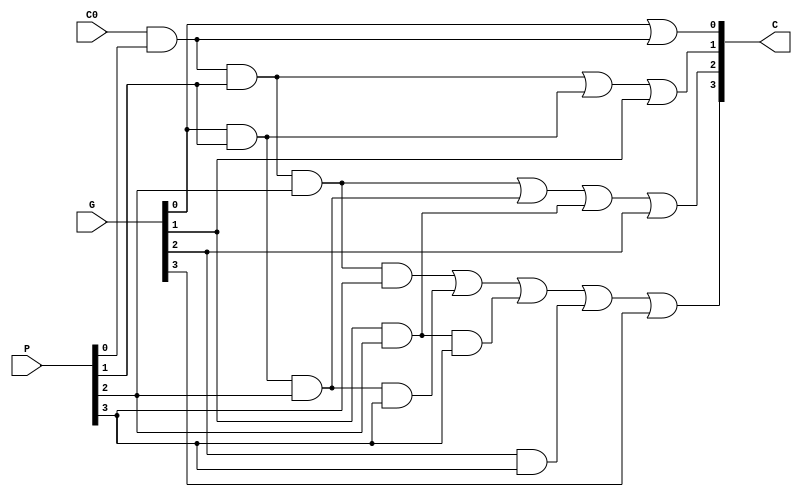
module Lab2_CLG_gate(C, P, G, C0);

    output [4:1] C;
    input [3:0] P, G;
    input C0;

    wire a, b, c, d, e, f, g, h, i, j;

    and G1(a, P[0], C0);
    or G2(C[1], G[0], a);

    and G3(b, C0, P[0], P[1]);
    and G4(c, G[0], P[1]);
    or G5(C[2], b, c, G[1]);
    
    and G6(d, C0, P[0], P[1], P[2]);
    and G7(e, G[0], P[1], P[2]);
    and G8(f, G[1], P[2]);
    or G9(C[3], d, e, f, G[2]);

    and G10(g, C0, P[0], P[1], P[2], P[3]);
    and G11(h, G[0], P[1], P[2], P[3]);
    and G12(i, G[1], P[2], P[3]);
    and G13(j, G[2], P[3]);
    or G14(C[4], g, h, i, j, G[3]);

endmodule